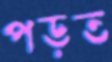
পড়ত